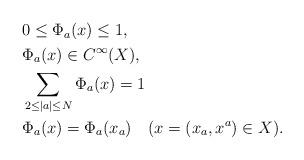
LaTeX: \begin{align*}\begin{aligned}&0\le \Phi_a(x)\le 1,\\&\Phi_a(x)\in C^\infty(X),\\&\sum_{2\le|a|\le N}\Phi_a(x)=1\\&\Phi_a(x)=\Phi_a(x_a)\quad(x=(x_a,x^a)\in X).\end{aligned}\end{align*}